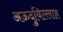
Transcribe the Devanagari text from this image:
अऊदुबिल्लाह